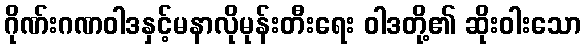
ဂိုဏ်းဂဏဝါဒနှင့်မနာလိုမုန်းတီးရေး ဝါဒတို့၏ ဆိုးဝါးသော